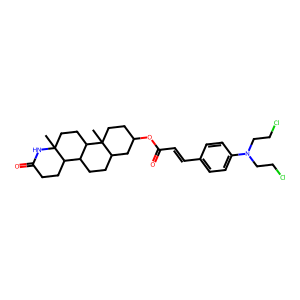
SMILES: CC12CCC3C(CCC4CC(OC(=O)C=Cc5ccc(N(CCCl)CCCl)cc5)CCC43C)C1CCC(=O)N2
Inhibits HIV replication: No